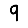
Digit: 9